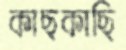
কাছকাছি